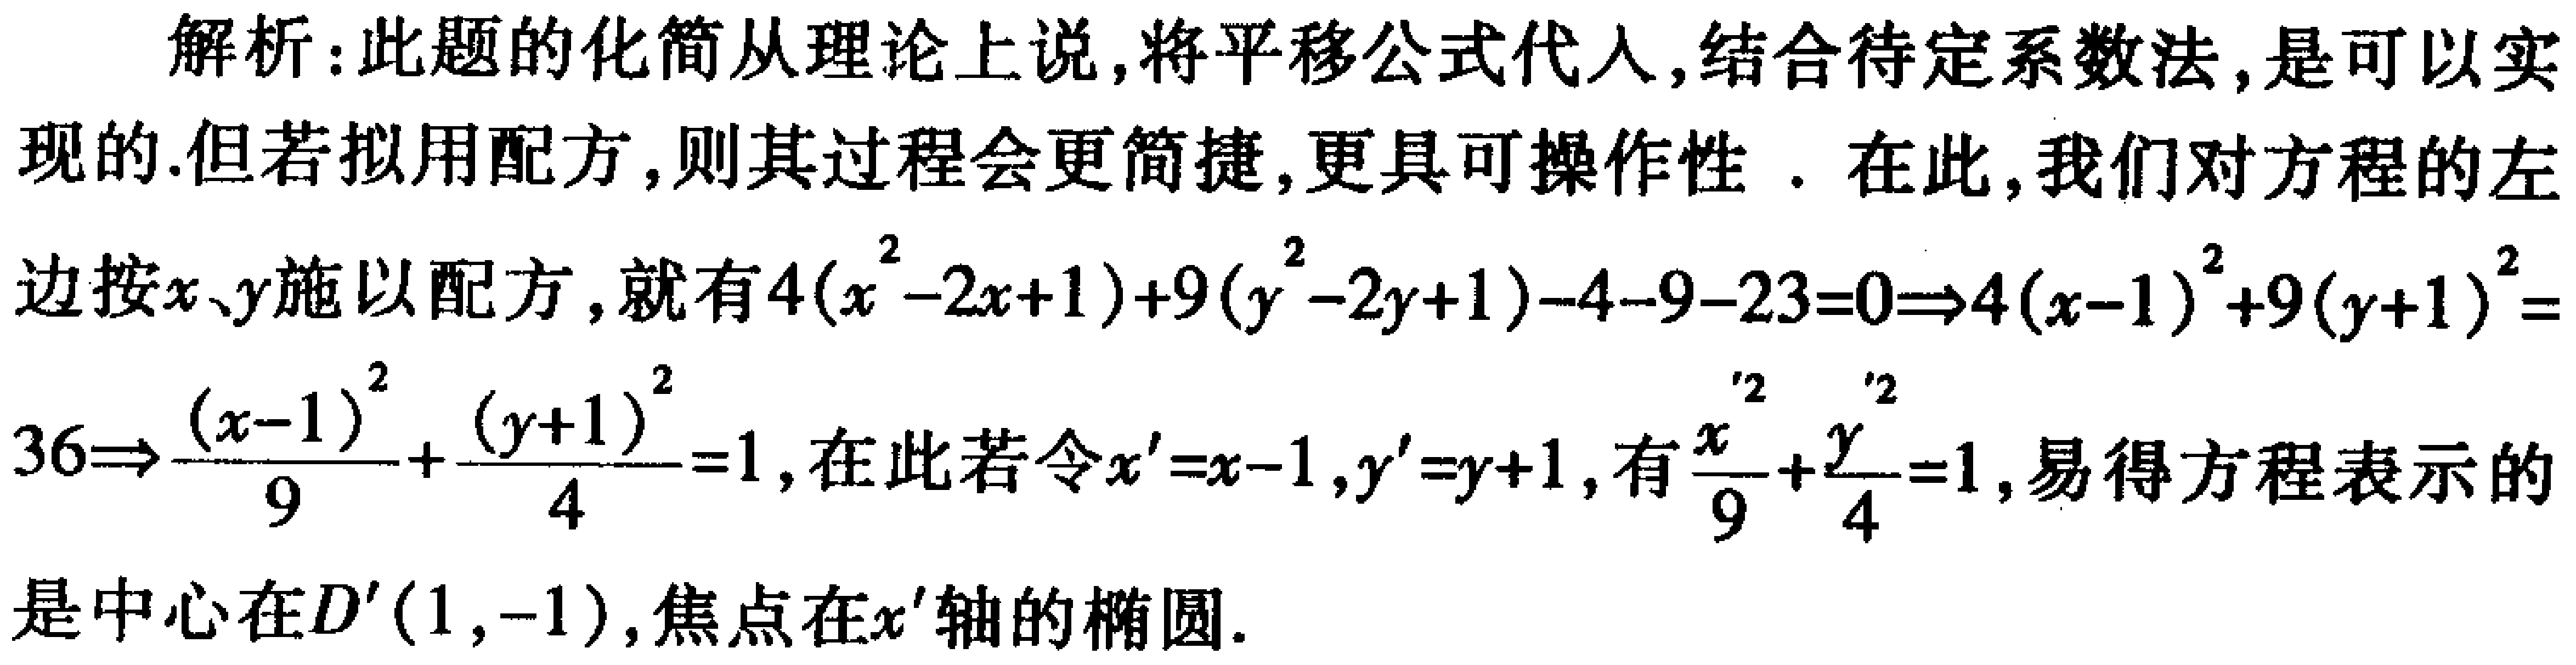
解析：此题的化简从理论上说,将平移公式代人,结合待定系数法,是可以实现的.但若拟用配方,则其过程会更简捷,更具可操作性 . 在此,我们对方程的左边按\(x、y\)施以配方,就有\(4(x^{2}-2x + 1)+9(y^{2}-2y + 1)-4 - 9 - 23 = 0\Rightarrow4(x - 1)^{2}+9(y + 1)^{2}=36\Rightarrow\frac{(x - 1)^{2}}{9}+\frac{(y + 1)^{2}}{4}=1\),在此若令\(x'=x - 1,y'=y + 1\),有\(\frac{x'^{2}}{9}+\frac{y'^{2}}{4}=1\),易得方程表示的是中心在\(D'(1,-1)\),焦点在\(x'\)轴的椭圆.